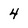
Character: 4